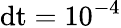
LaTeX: \textrm{dt}=10^{-4}